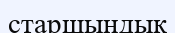
старшындық